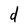
Character: d